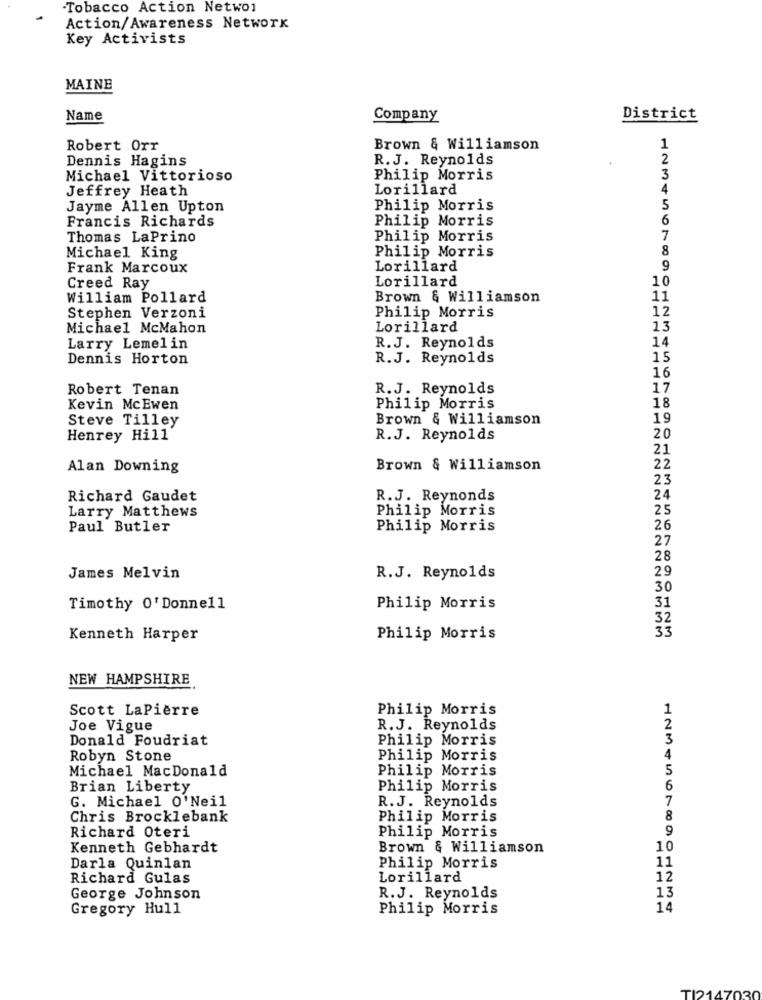
Tobacco Action Networ
Action/Awareness Network
Key Activists
MAINE
Name
Company
District
Robert Orr
Brown & Williamson
1
Dennis Hagins
R.J. Reynolds
2
3
Michael Vittorioso
Philip Morris
Jeffrey Heath
Lorillard
4
Jayme Allen Upton
Philip Morris
5
Francis Richards
Philip Morris
6
Thomas LaPrino
Philip Morris
7
Philip Morris
8
Michael King
Frank Marcoux
Lorillard
9
Lorillard
10
Creed Ray
William Pollard
Brown & Williamson
11
12
Stephen Verzoni
Philip Morris
Michael McMahon
Lorillard
13
14
Larry Lemelin
R.J. Reynolds
Dennis Horton
R.J. Reynolds
15
16
Robert Tenan
R.J. Reynolds
17
Kevin McEwen
Philip Morris
18
Steve Tilley
Brown & Williamson
19
Henrey Hill
R.J. Reynolds
20
21
Alan Downing
Brown & Williamson
22
23
Richard Gaudet
R.J. Reynonds
24
Larry Matthews
Philip Morris
25
Paul Butler
Philip Morris
26
27
28
29
James Melvin
R.J. Reynolds
30
Timothy O' Donnell
Philip Morris
31
32
33
Kenneth Harper
Philip Morris
NEW HAMPSHIRE
Scott LaPierre
Philip Morris
Joe Vigue
R.J. Reynolds
Donald Foudriat
Philip Morris
Robyn Stone
Philip Morris
4
Michael MacDonald
Philip Morris
5
Brian Liberty
Philip Morris
6
G. Michael O'Neil
R.J. Reynolds
7
Chris Brocklebank
Philip Morris
8
Richard Oteri
Philip Morris
9
Kenneth Gebhardt
Brown & Williamson
10
Darla Quinlan
Philip Morris
11
Richard Gulas
Lorillard
12
George Johnson
R.J. Reynolds
13
Gregory Hull
Philip Morris
14
TI2147